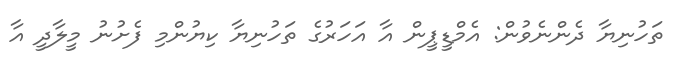
ތަހުނިޔާ ދެންނެވުން: އެމްޑީޕީން އާ އަހަރުގެ ތަހުނިޔާ ކިޔުންމި ފެށުނު މީލާދީ އާ